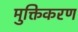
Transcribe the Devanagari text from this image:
मुक्तिकरण